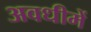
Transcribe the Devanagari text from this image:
अवधीमें